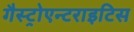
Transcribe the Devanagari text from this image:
गैस्ट्रोएन्टराइटिस